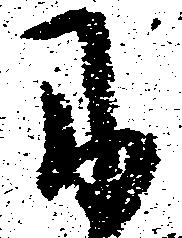
に